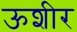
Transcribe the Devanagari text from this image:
ऊशीर